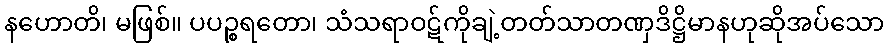
နဟောတိ၊ မဖြစ်။ ပပဉ္စရတော၊ သံသရာဝဋ်ကိုချဲ့တတ်သာတဏှဒိဋ္ဌိမာနဟုဆိုအပ်သော